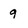
Character: 9